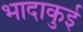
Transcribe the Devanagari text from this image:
भादाकुई